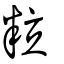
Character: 粒